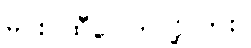
မင်း ထီပေါက်လို့လား။